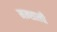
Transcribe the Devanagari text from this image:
मन्शाली